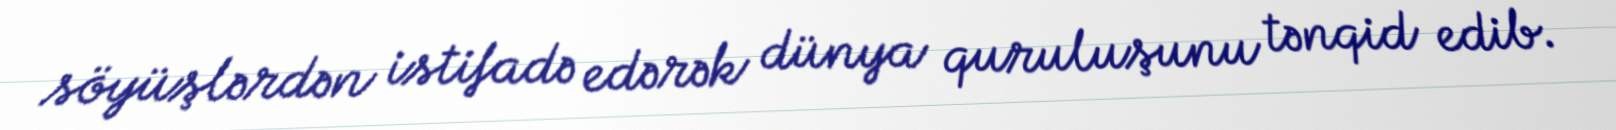
söyüşlərdən istifadə edərək dünya quruluşunu tənqid edib.